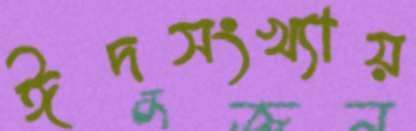
ঈদসংখ্যায়